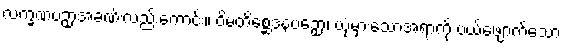
လက္ခဏပဉှာအခဏ်းလည်းကောင်း။ ဝိမတိစ္ဆေဒနပဉှော၊ ယုံမှားသောအရာကို ပယ်ဖျောက်သော